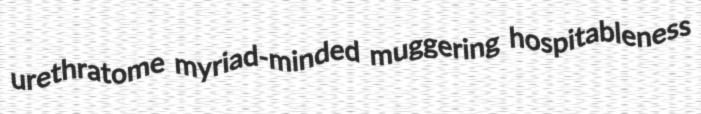
urethratome myriad-minded muggering hospitableness